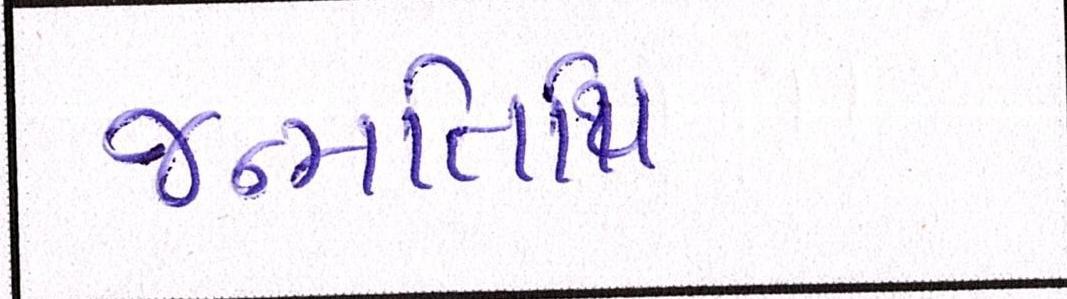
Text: જન્મતિથિ